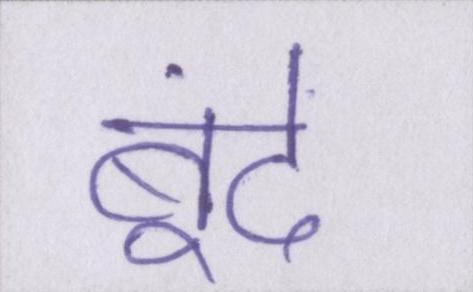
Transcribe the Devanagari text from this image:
बूंदें